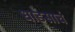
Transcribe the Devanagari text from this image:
धाडसाचं